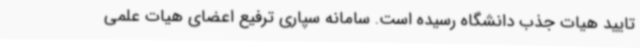
تایید هیات جذب دانشگاه رسیده است. سامانه سپاری ترفیع اعضای هیات علمی